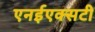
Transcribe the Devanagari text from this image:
एनईएक्सटी